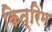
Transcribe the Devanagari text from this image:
कित्रिम